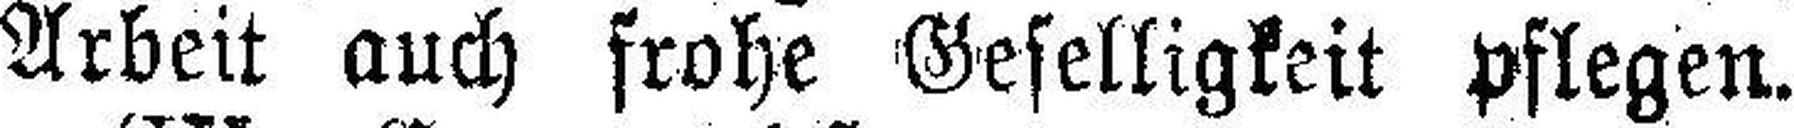
Arbeit auch frohe Geselligkeit pflegen.